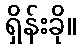
ရှိန်းခို။